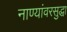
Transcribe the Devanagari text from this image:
नाण्यांवरसुद्धा